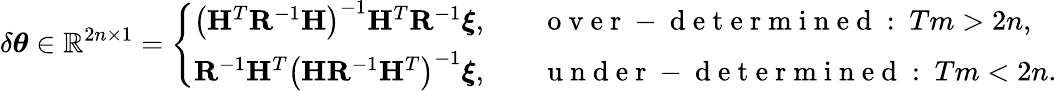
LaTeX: \delta\boldsymbol{\theta}\in\mathbb{R}^{2n\times 1}=\left\{ \begin{array}{ll}{\left(\mathbf{H}^{T}\mathbf{R}^{-1}\mathbf{H}\right)^{-1}\mathbf{H}^{T}\mathbf{R}^{-1}\boldsymbol{\xi},}&{\quad\mathrm{~o~v~e~r~-~d~e~t~e~r~m~i~n~e~d~:~}Tm>2n,}\\ {\mathbf{R}^{-1}\mathbf{H}^{T}\left(\mathbf{H}\mathbf{R}^{-1}\mathbf{H}^{T}\right)^{-1}\boldsymbol{\xi},}&{\quad\mathrm{~u~n~d~e~r~-~d~e~t~e~r~m~i~n~e~d~:~}Tm<2n.}\end{array}\right.